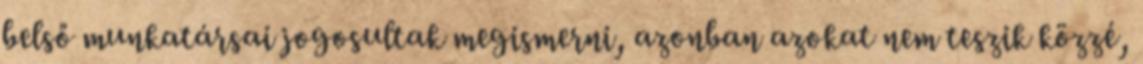
belső munkatársai jogosultak megismerni, azonban azokat nem teszik közzé,